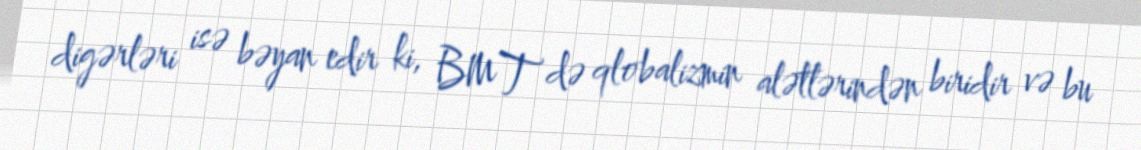
digərləri isə bəyan edir ki, BMT də qlobalizmin alətlərindən biridir və bu